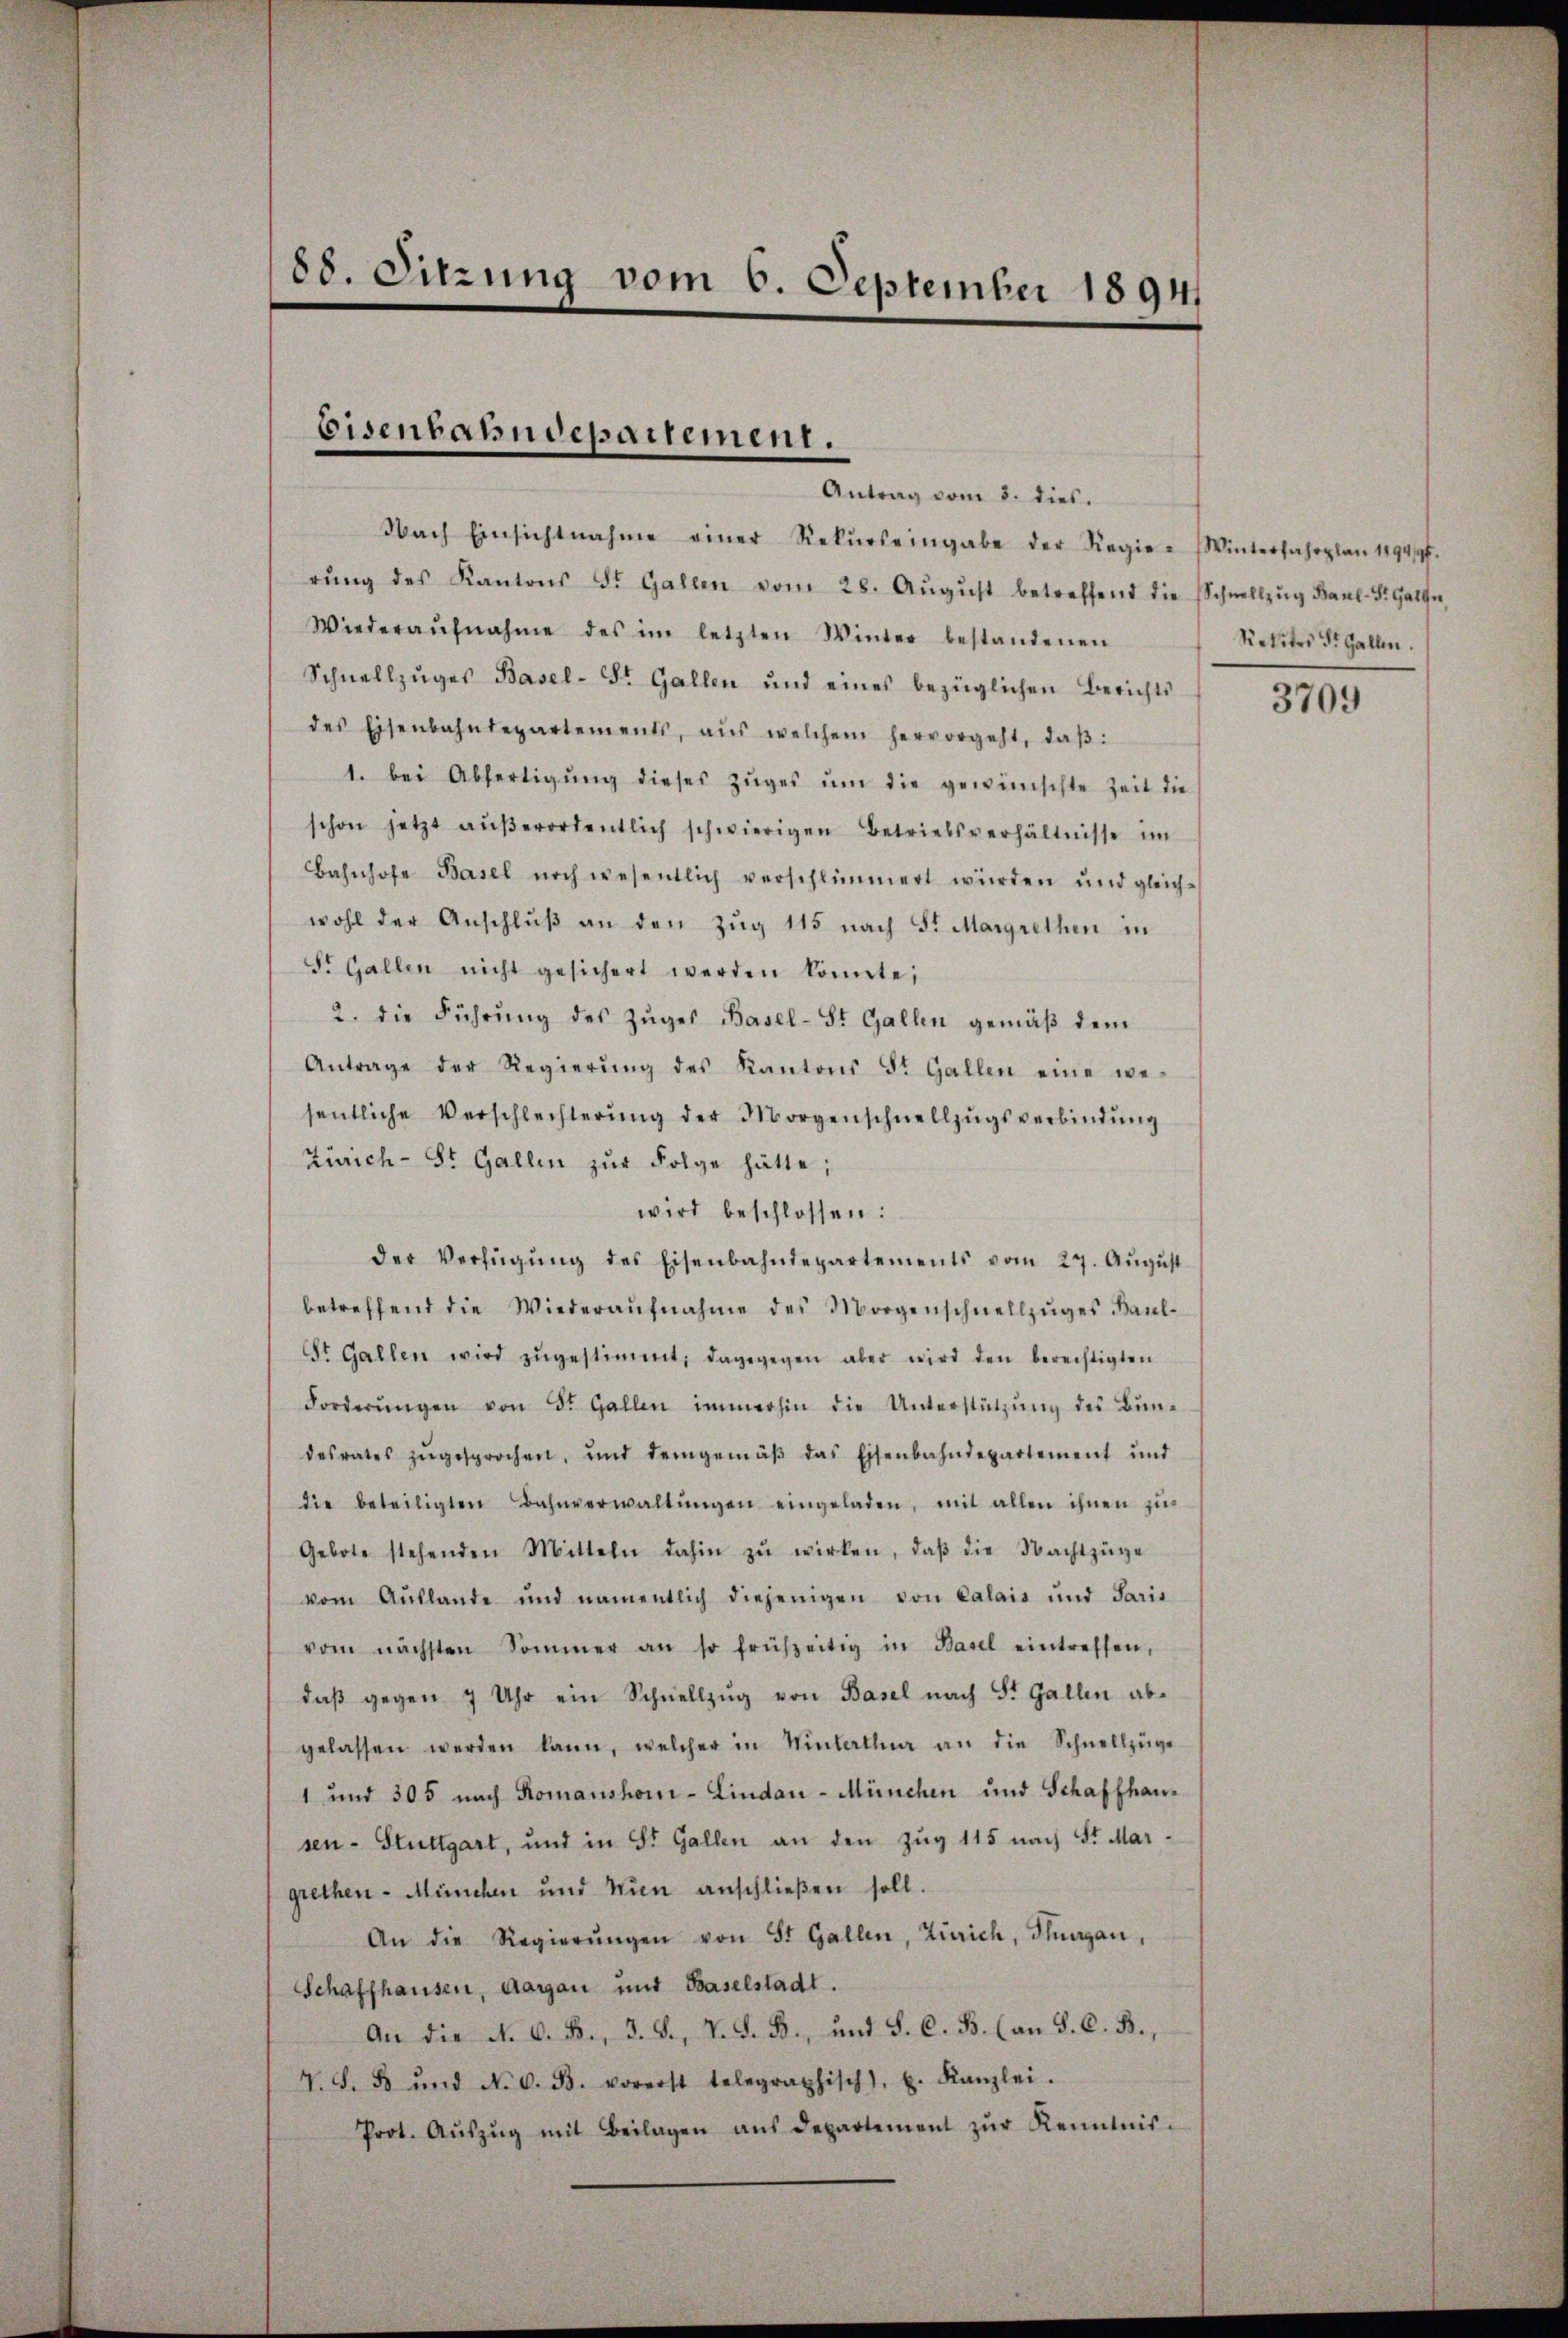
88. Sitzung vom 6. September 18941

Eisenbahndepartement.
Antrag vom 3. dies.

Nach Einsichtnahme einer Rekŭrs eingabe der Regie-Winterfahrplan 1894/95.
rŭng des Kantons St. Gallen vom 28. Aŭgŭst betreffend die Schnellzŭg Baul-S. Galle,
Wiederaŭfnahme des im letzten Winter bestandenen
Schnellzuges Basel-St. Gallen und eines bezüglichen Berichts
des Eisenbahndepartements, aus welchem hervorgeht, daβ
1. bei Abfertigŭng dieses Zŭges ŭm die gewünschte Zeit die
schon jetzt aŭβerordentlich schwierigen Betriebsverhältnisse im
Bahnhofe Basel noch wesentlich verschlimmert würden und gleich-
wohl der Anschlŭβ an den Zug 115 nach St. Margrethen in
S. Gallen nicht gesichert werden könnte;
2. die Führŭng des Zŭges Basel-St. Gallen gemäβ dem
Antrage der Regierŭng des Kantons St. Gallen eine we-
sentliche Verschlechterŭng der Morgenschnellzŭgsverbindŭng
Zürich- St. Gallen zŭr Folge hätte;
wird beschlossen:
der Verfügŭng des Eisenbahndepartements vom 27. Aŭgŭst
betreffend die Wiederaŭfnahme des Morgenschnellzŭges Baŭl-
St. Gallen wird zŭgestimmt; dagegegen aber wird den berechtigten
Forderŭngen von St. Gallen immerhin die Unterstützŭng des Bŭn-
desrates zŭgesprochen, und demgemäβ das Eisenbahndepartement und
die beteiligten Bahnverwaltŭngen eingeladen, mit allen ihnen zŭ-
Gebote stehenden Mitteln dahin zŭ wirken, daβ die Nachtzüge
vom Auslande und namentlich diejenigen von Calais und Paris
vom nächsten Sommer an so frühzeitig in Basel eintreffen,
daβ gegen 7 Uhr ein Schnellzŭg von Basel nach St. Gallen abgelassen werden kann, welcher in Vinhallen an die Schnellzüge
1 und 305 nach Romanshon-Lindau - München und Schaffhausen- Stuttgart, und in St. Gallen an den Zŭg 115 nach St. Margrethen - München und Wien anschließen soll.
An die Regierŭngen von St. Gallen, Zürich, Thurgau,
Schaffhausen, Aargau und Baselstadt.
An die N. O. B., d. J., V. d. B., und S. C. B. (an S. C. B.,
T. S. 8 und No. 6. B. vorerst telegraphisch) u. Kanzlei.
Prot. Aŭszŭg mit Beilagen ans Departement zŭr Kenntnis¬

Kelites St. Gallen.

3709